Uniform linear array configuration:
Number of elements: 12
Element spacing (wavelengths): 0.25
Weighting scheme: binomial
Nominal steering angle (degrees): -30
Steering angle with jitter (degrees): -29.389
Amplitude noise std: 0.05
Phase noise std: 0.05

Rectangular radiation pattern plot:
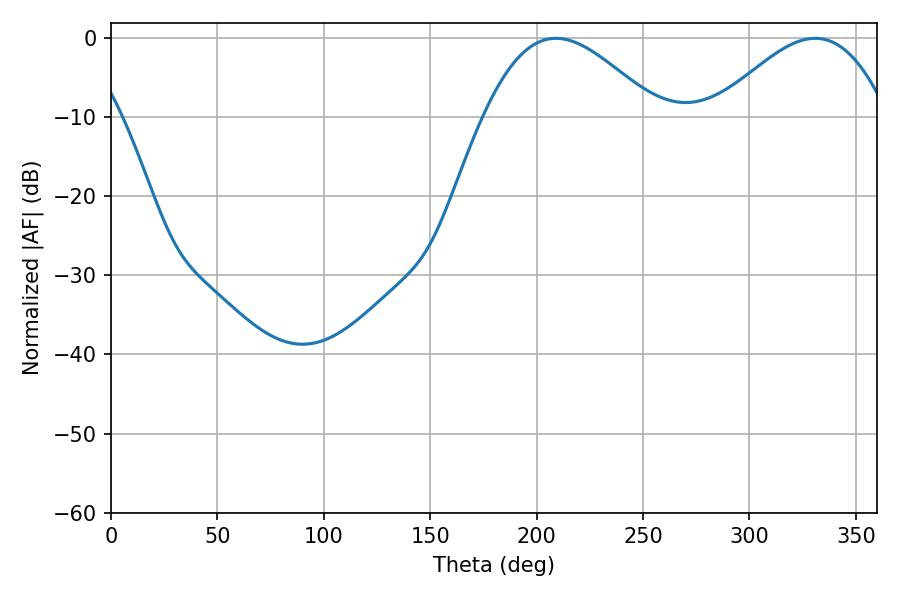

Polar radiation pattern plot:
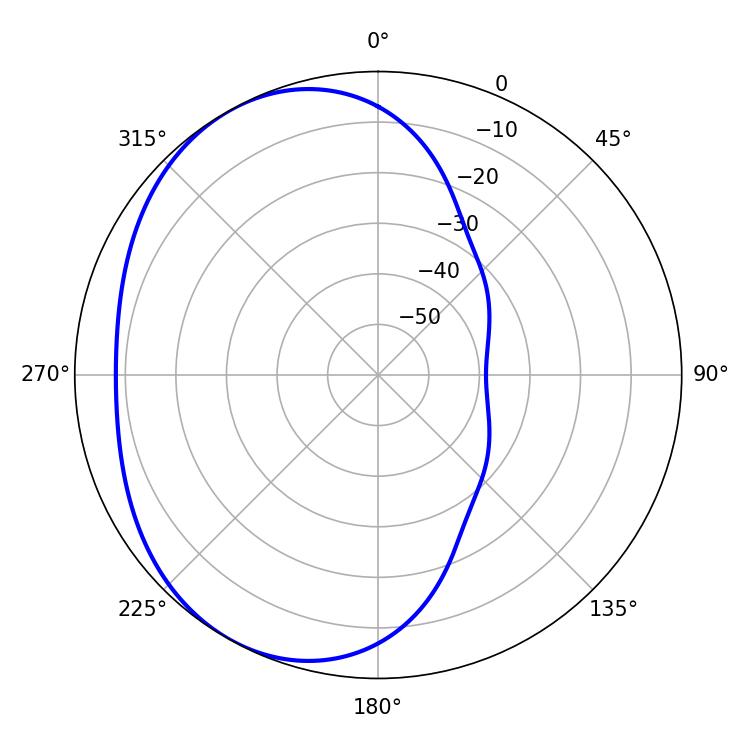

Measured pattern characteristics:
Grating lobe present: FALSE
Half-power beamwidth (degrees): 43.74
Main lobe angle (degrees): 209.16